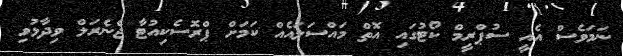
ނަމަވެސް އެއީ ސުޕްރީމް ކޯޓުގައި އޮތް މައްސަލައެއް ކަމަށް ޕްރޮސެކިއުޓާ ޖެނެރަލް ވިދާޅުވި